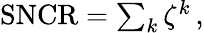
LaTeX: \begin{array}{r}{\mathrm{SNCR}=\sum_{k}\zeta^{k}\, ,}\end{array}